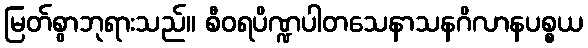
မြတ်စွာဘုရားသည်။ စီဝရပိဏ္ဍပါတသေနာသနဂိလာနပစ္စယ